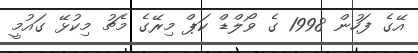
އޭގެ ފަހުން 1998 ގެ ވޯލްޑް ކަޕް މިރޭގެ މެޗު މިކުޅޭ ގައުމީ